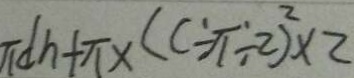
\pi d h + \pi \times ( c \div \pi \div 2 ) ^ { 2 } \times 2